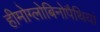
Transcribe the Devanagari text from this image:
हीमोग्लोबिनोपैथियां